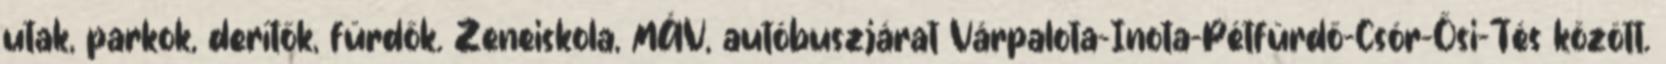
utak, parkok, derítők, fürdők. Zeneiskola, MÁV, autóbuszjárat Várpalota-Inota-Pétfürdő-Csór-Ősi-Tés között.